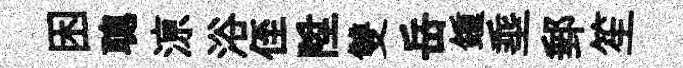
困聰鿌浴侄陞雙岳鍾埀郵笙